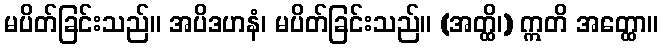
မပိတ်ခြင်းသည်။ အပိဒဟနံ၊ မပိတ်ခြင်းသည်။ (အတ္ထိ၊) ဣတိ အတ္ထော။